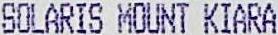
SOLARIS MOUNT KIARA